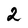
Character: 2